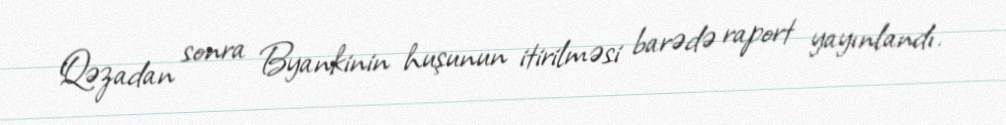
Qəzadan sonra Byankinin huşunun itirilməsi barədə raport yayınlandı.